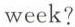
week?